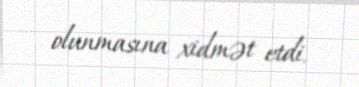
olunmasına xidmət etdi.